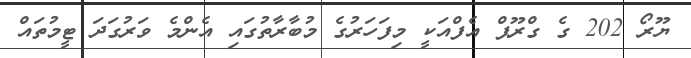
ޔޫރޯ 202 ގެ ގްރޫޕް އެފްއަކީ މިފަހަރުގެ މުބާރާތުގައި އެންމެ ވަރުގަދަ ޓީމުތައް